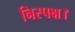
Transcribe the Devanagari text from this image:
निस्पक्ष।